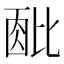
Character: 𬆹